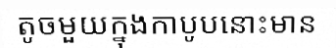
តូចមួយក្នុងកាបូបនោះមាន